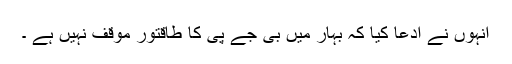
انہوں نے ادعا کیا کہ بہار میں بی جے پی کا طاقتور موقف نہیں ہے ۔